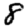
Digit: 8